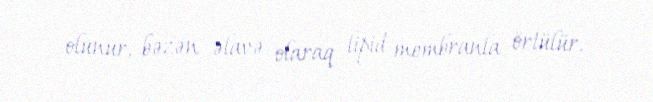
olunur, bəzən əlavə olaraq lipid membranla örtülür.